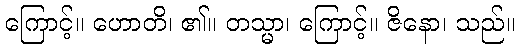
ကြောင့်။ ဟောတိ၊ ၏။ တသ္မာ၊ ကြောင့်။ ဇိနော၊ သည်။